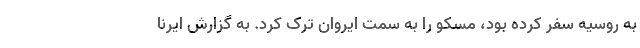
به روسیه سفر کرده بود، مسکو را به سمت ایروان ترک کرد. به گزارش ایرنا